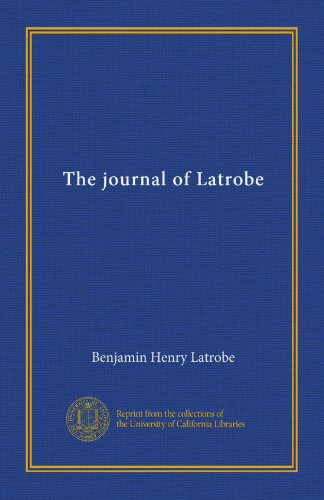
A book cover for The journal of Latrobe; Benjamin Henry Latrobe; Biographies & Memoirs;